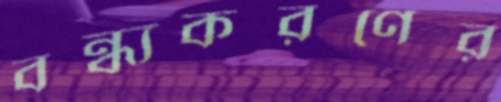
বন্ধ্যকরণের